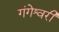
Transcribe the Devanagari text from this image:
गंगेश्वरी